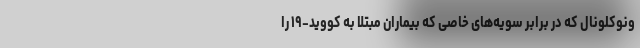
ونوکلونال که در برابر سویه‌های خاصی که بیماران مبتلا به کووید-۱۹ را